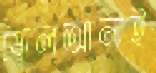
ষোলআনাই